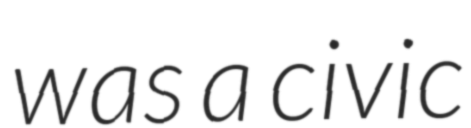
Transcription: was a civic